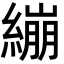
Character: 繃